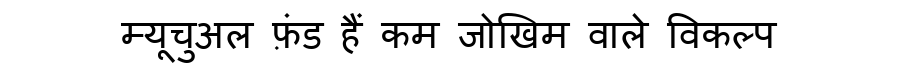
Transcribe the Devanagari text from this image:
म्यूचुअल फ़ंड हैं कम जोखिम वाले विकल्प